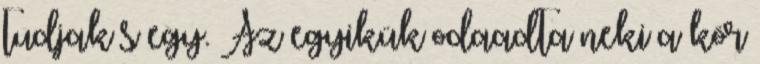
tudjak s egy. Az egyikük odaadta neki a kör